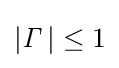
\left|{\mathit {\Gamma }}\,\right|\leq 1